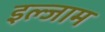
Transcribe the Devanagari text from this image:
इल्‍जाम